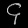
Digit: ၄